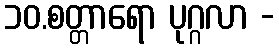
၁၀.စတ္တာရော ပုဂ္ဂလာ -